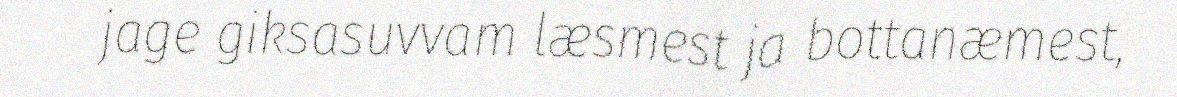
jage giksasuvvam læsmest ja bottanæmest,